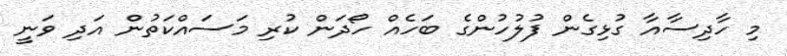
މި ހާދިސާއާ ގުޅިގެން ފުލުހުންގެ ބަހެއް ހޯދަން ކުރި މަސައްކަތުން އަދި ވަނީ